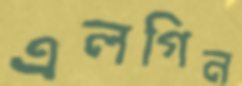
এলগিন